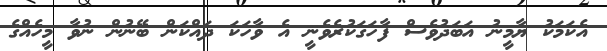
އެކަމަކު ޔާމީނު އަބަދުވެސް ފާހަގަކުރެވެނީ އެ ވާހަކަ ދައްކަން ބޭނުން ނުވާ މީހެއްގެ